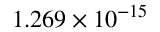
\phantom { + } 1 . 2 6 9 \times 1 0 ^ { - 1 5 }